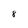
Character: 8